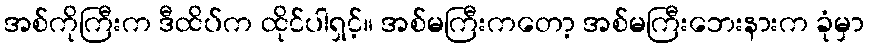
အစ်ကိုကြီးက ဒီထိပ်က ထိုင်ပါရှင့်။ အစ်မကြီးကတော့ အစ်မကြီးဘေးနားက ခုံမှာ